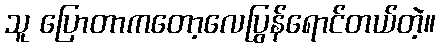
သူ ပြောတာကတော့လေပြွန်ရောင်တယ်တဲ့။